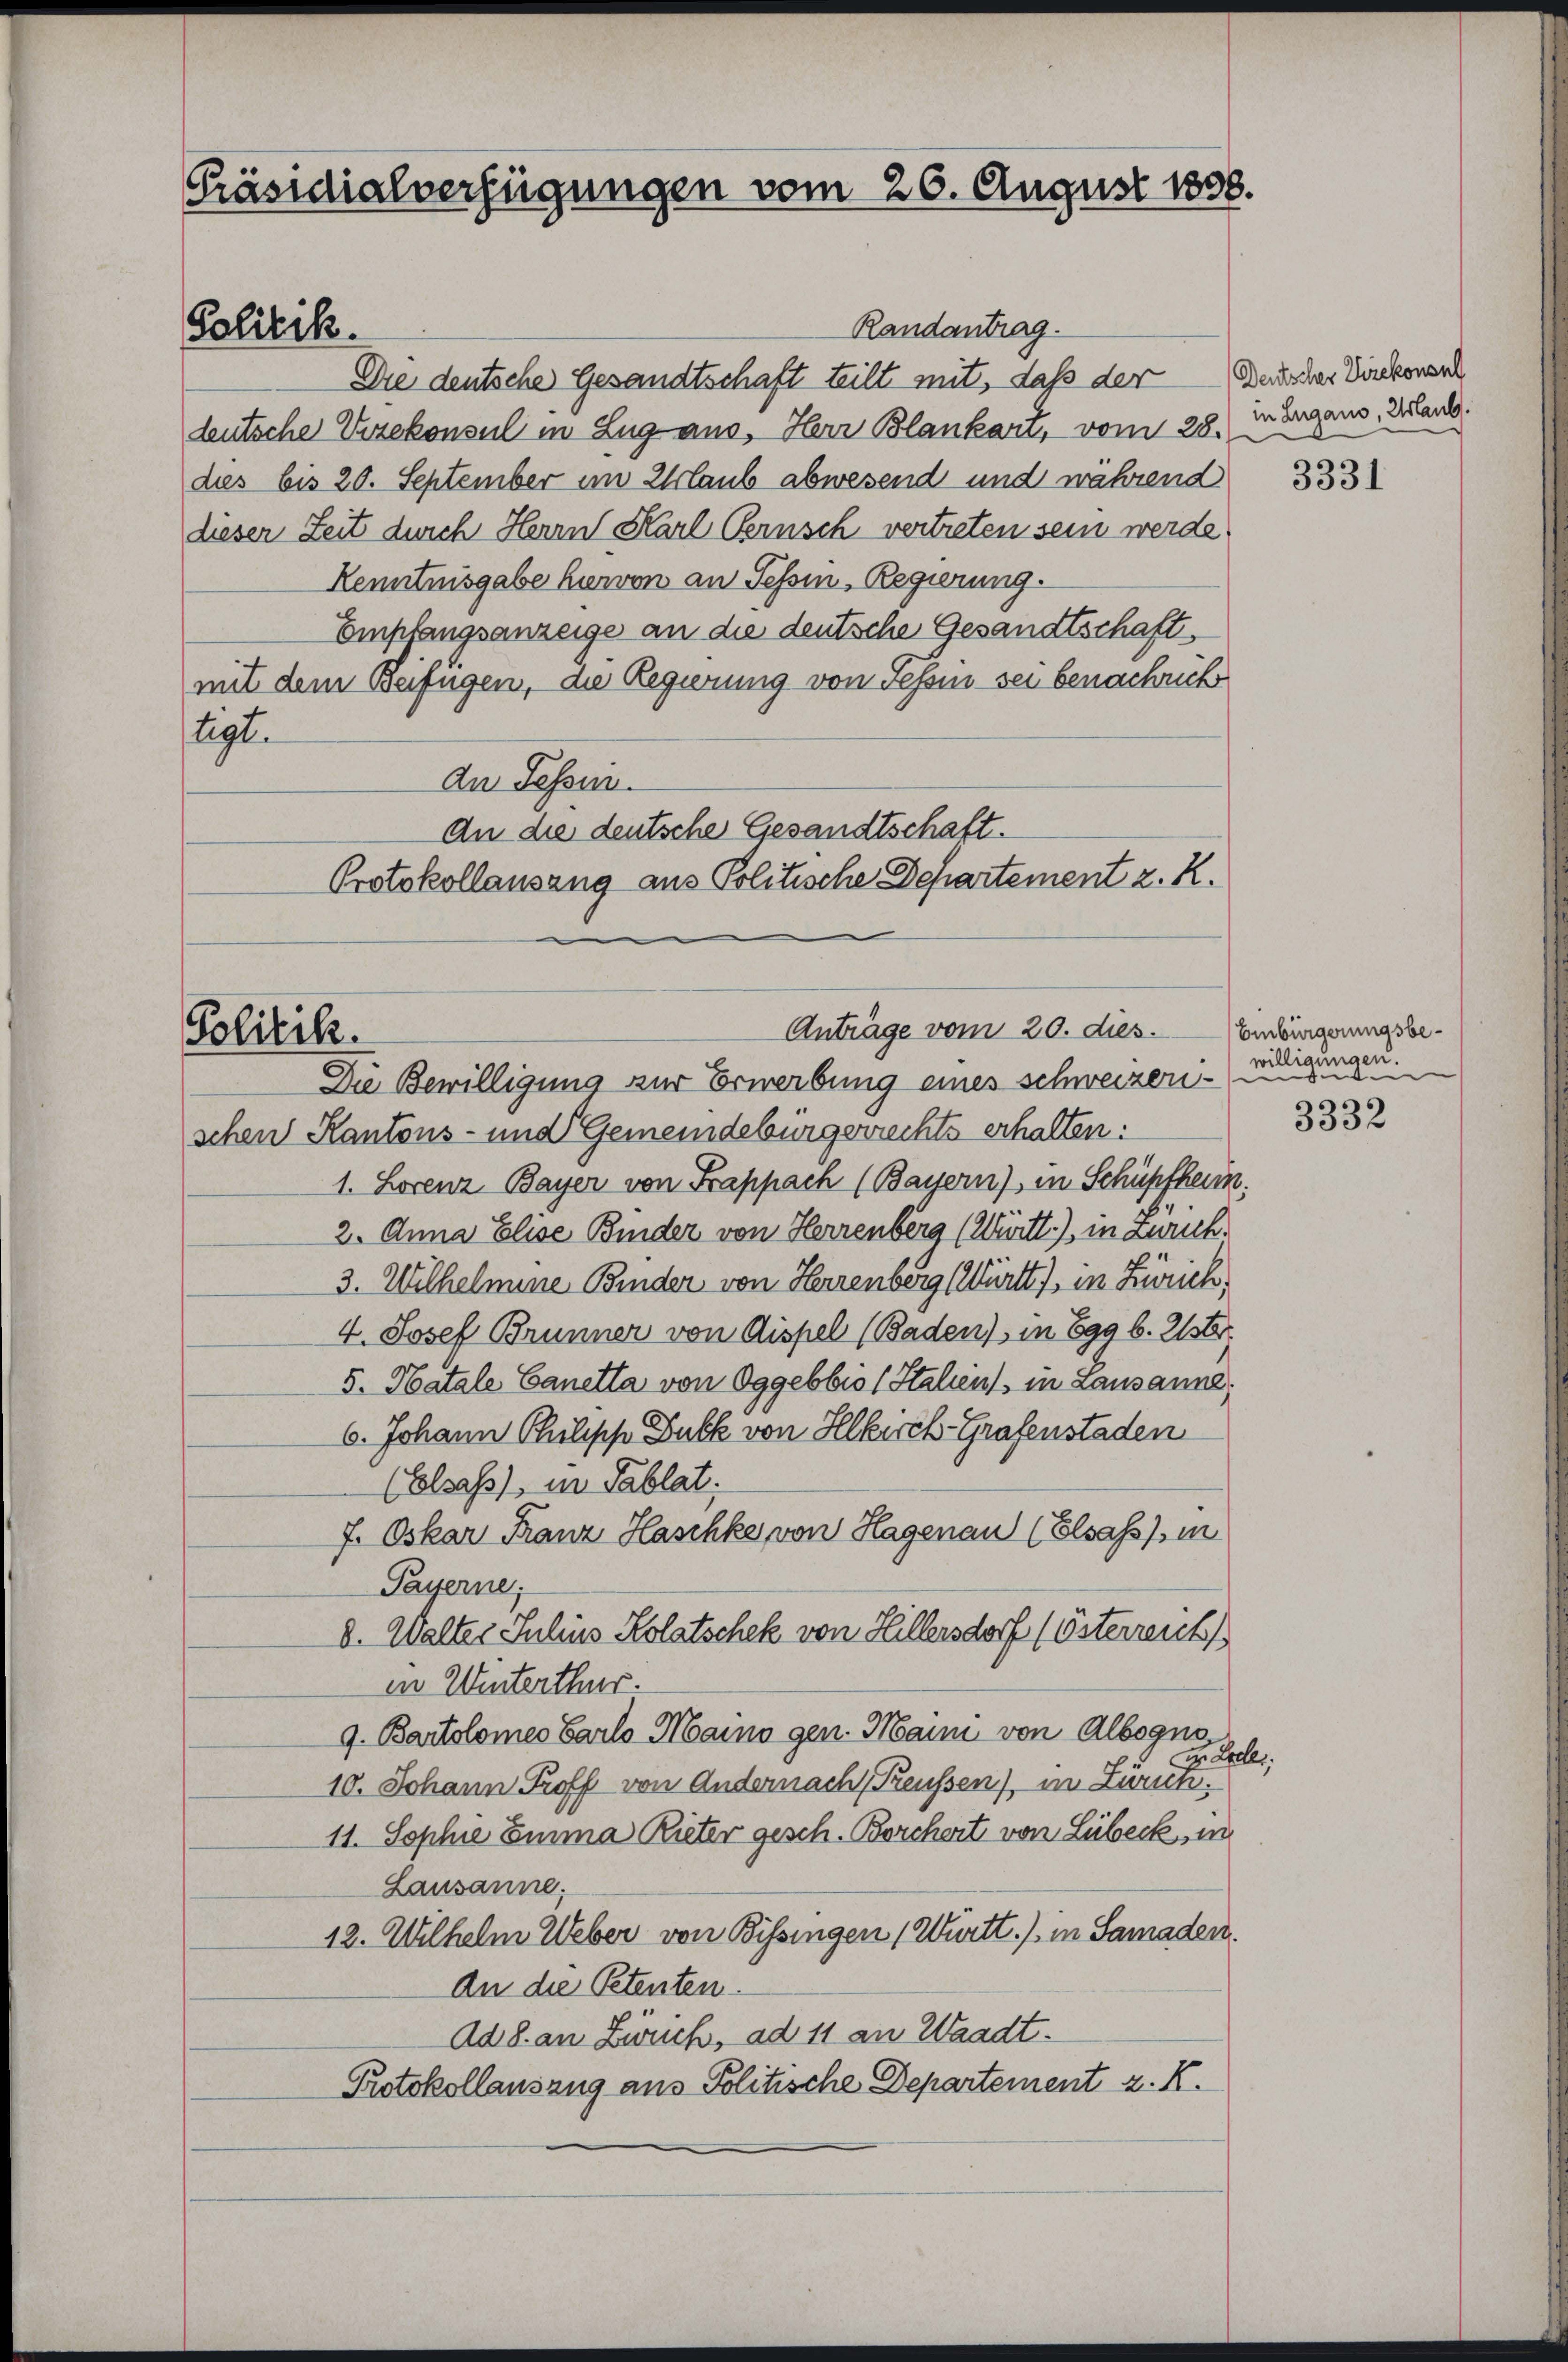
Präsidialverfügungen vom 26. August 1808.

Politik.

Politik.

Randantrag.
Die deutsche Gesandtschaft teilt mit, daß der Bescher Direkonard
deutsche Vizekonsul in Zug aus, Herr Blankart, vom 28. Margaus, Band.
dies bis 20. September im Urlaub abwesend und während
dieser Zeit durch Herrn Karl Cernsch vertreten sein werde
Kenntnisgabe hiervon an Tessin, Regierung.
Empfangsanzeige an die deutsche Gesandtschaft
mit dem Beifügen, die Regierung von Tessin sei benachricht
tigt.
An Tessin.
Die Bewilligung zur Erwerbung eines schweizerischen Kantons- und Gemeindebürgerrechts erhalten:
1. Lorenz Bayer von Kappach (Bayern), in Schüpfheim.
2. Anna Elise Binder von Herrenberg (Württ.), in Zürich.
3. Wilhelmine Binder von Herrenberg ( Württ. in Zürich,
4. Josef Brunner von Dispel (Baden) in Egg b. Uster
5. Hatale Canetta von Oggebbio ( Italien in Lausanne.
6. Johann Philipp Guck von Hlkirch-Grafenstaden
(Elsass, in Tablat:
f. Oskar Franz Haschke von Hagenau (Elsaß in
Payerne,
8. Walter Julius Kolatschek von Hillersdorf (Österrent
in Winterthur.
9. Bartolomeo Carlo Maino gen. Maini von Albogno
i. Let
10. Johann Proff von Andernach Preußen) in Züren.
11. Sophie Emma Rieter gesch. Borchert von Lübeck, in
Lausanne;
12. Wilhelm Weber von Bissingen (Württ. in Samaden.
An die Petenten.
Ad 8. an Zürich, ad 11 an Waadt.
Protokollauszug aus Politische Departement z. K.

An die deutsche Gesandtschaft.
Protokollausung aus Politische Departement z. R.
Anträge vom 20. dies.

3331

Einbürgerungsbewilligungen.
idee eine

3332